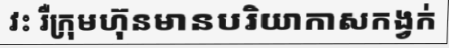
វះ រឺក្រុមហ៊ុនមានបរិយាកាសកង្វក់